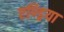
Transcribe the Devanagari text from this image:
एण्ड्रिया